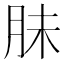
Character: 䏞